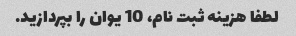
لطفا هزینه ثبت نام، 10 یوان را بپردازید.